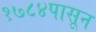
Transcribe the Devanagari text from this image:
१७८४पासून